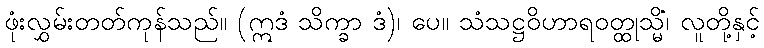
ဖုံးလွှမ်းတတ်ကုန်သည်။ (ဣဒံ သိက္ခာ ဒံ)၊ ပေ။ သံသဋ္ဌဝိဟာရဝတ္ထုသ္မိံ၊ လူတို့နှင့်